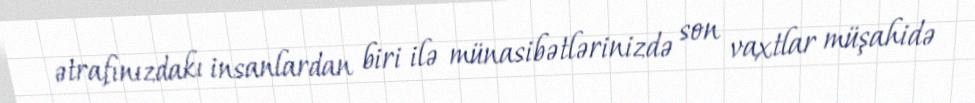
ətrafınızdakı insanlardan biri ilə münasibətlərinizdə son vaxtlar müşahidə